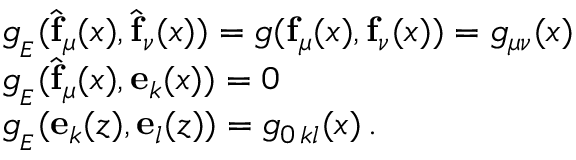
\begin{array} { l l } { { g _ { _ E } ( \widehat { \mathbf { f } } _ { \mu } ( x ) , \widehat { \mathbf { f } } _ { \nu } ( x ) ) = g ( \mathbf { f } _ { \mu } ( x ) , \mathbf { f } _ { \nu } ( x ) ) = g _ { \mu \nu } ( x ) } } \\ { { g _ { _ E } ( \widehat { \mathbf { f } } _ { \mu } ( x ) , \mathbf { e } _ { k } ( x ) ) = 0 } } \\ { { g _ { _ E } ( \mathbf { e } _ { k } ( z ) , \mathbf { e } _ { l } ( z ) ) = g _ { 0 \, k l } ( x ) \, . } } \end{array}